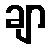
ချာ